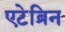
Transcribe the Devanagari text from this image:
एटेब्रिन